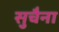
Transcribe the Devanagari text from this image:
सुचैना